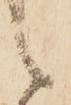
之